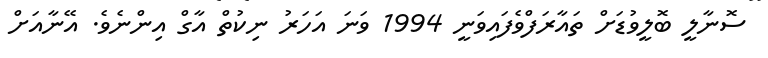
ސޮނާލީ ބޮލީވުޑަށް ތައާރަފްވެފައިވަނީ 1994 ވަނަ އަހަރު ނިކުތް އާގް އިންނެވެ. އޭނާއަށް